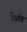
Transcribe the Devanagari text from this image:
डेसॉन